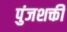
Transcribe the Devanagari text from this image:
पुंजशक्ती